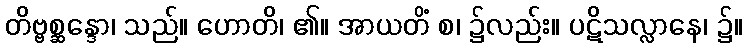
တိဗ္ဗစ္ဆန္ဒော၊ သည်။ ဟောတိ၊ ၏။ အာယတိံ စ၊ ၌လည်း။ ပဋိသလ္လာနေ၊ ၌။